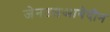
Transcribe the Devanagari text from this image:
जेनउलआबेदीन